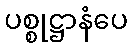
ပစ္စုဋ္ဌာနံပေ